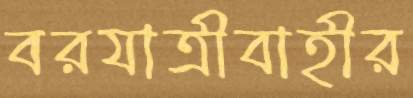
বরযাত্রীবাহীর